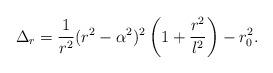
LaTeX: \begin{align*}\Delta_r = {1 \over r^2}(r^2-\alpha^2)^2 \left(1+{r^2\over l^2}\right) - r_0^2.\end{align*}